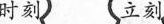
时刻 立刻